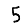
Digit: 5